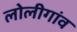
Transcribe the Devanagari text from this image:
लोलीगांव